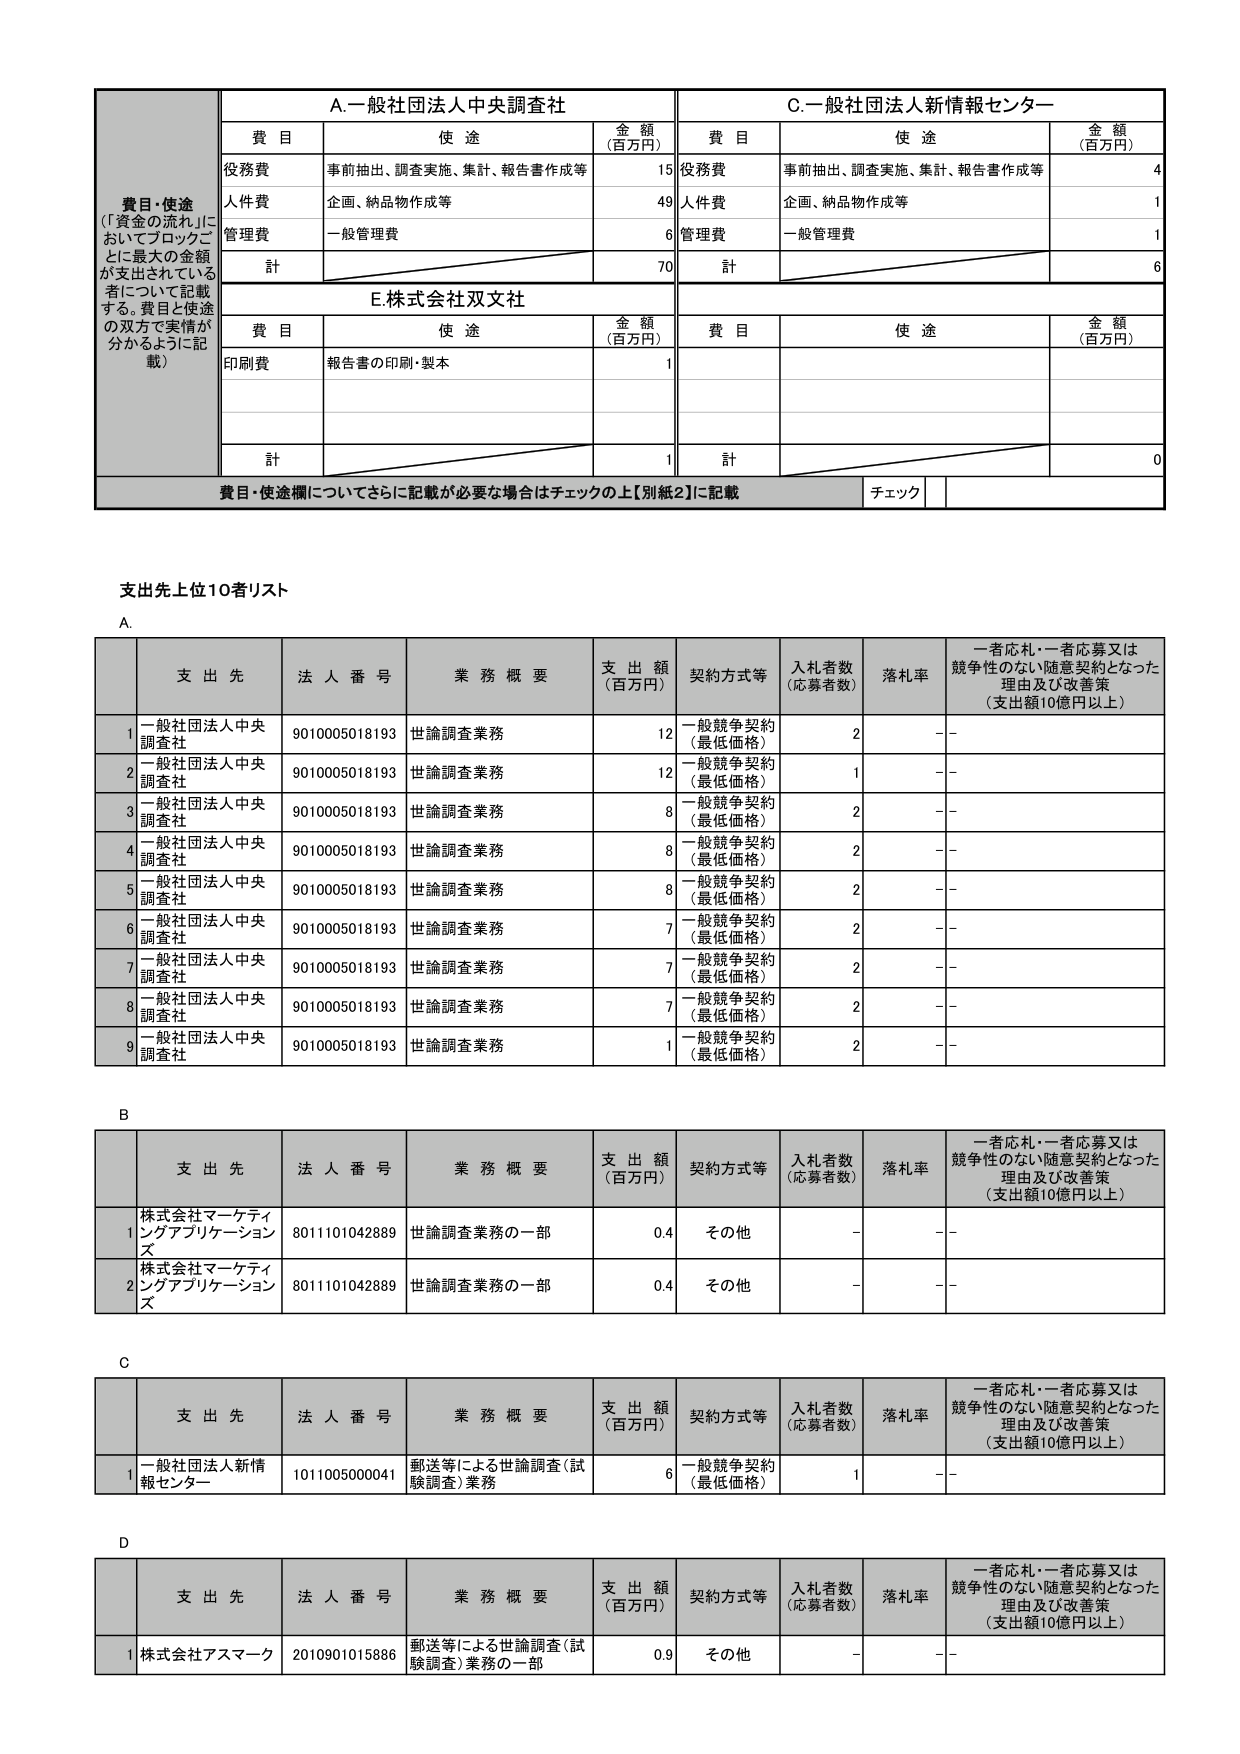
費目・使途
（「資金の流れ」においてブロックごとに最大の金額が支出されている者について記載する。費目と使途の双方で実情が分かるように記載）

A.一般社団法人中央調査社
費目　　使途　　　　　　　　　　　　　金額（百万円）
役務費　事前抽出、調査実施、集計、報告書作成等　15
人件費　企画、納品物作成等　　　　　　　　　　　49
管理費　一般管理費　　　　　　　　　　　　　　　6
計　　　　　　　　　　　　　　　　　　　　　　70

C.一般社団法人新情報センター
費目　　使途　　　　　　　　　　　　　金額（百万円）
役務費　事前抽出、調査実施、集計、報告書作成等　4
人件費　企画、納品物作成等　　　　　　　　　　　1
管理費　一般管理費　　　　　　　　　　　　　　　1
計　　　　　　　　　　　　　　　　　　　　　　6

E.株式会社双文社
費目　　使途　　　　　　　　　　　　　金額（百万円）
印刷費　報告書の印刷・製本　　　　　　　　　　　1
計　　　　　　　　　　　　　　　　　　　　　　1

費目・使途欄についてさらに記載が必要な場合はチェックの上【別紙2】に記載　チェック

支出先上位10者リスト

A.
　　支 出 先　　　　　法 人 番 号　　　業 務 概 要　　　支 出 額（百万円）　契約方式等　　　入札者数（応募者数）　落札率　　一者応札・一者応募又は競争性のない随意契約となった理由及び改善策（支出額10億円以上）
1　一般社団法人中央調査社　9010005018193　世論調査業務　12　一般競争契約（最低価格）　2　－－
2　一般社団法人中央調査社　9010005018193　世論調査業務　12　一般競争契約（最低価格）　1　－－
3　一般社団法人中央調査社　9010005018193　世論調査業務　8　一般競争契約（最低価格）　2　－－
4　一般社団法人中央調査社　9010005018193　世論調査業務　8　一般競争契約（最低価格）　2　－－
5　一般社団法人中央調査社　9010005018193　世論調査業務　8　一般競争契約（最低価格）　2　－－
6　一般社団法人中央調査社　9010005018193　世論調査業務　7　一般競争契約（最低価格）　2　－－
7　一般社団法人中央調査社　9010005018193　世論調査業務　7　一般競争契約（最低価格）　2　－－
8　一般社団法人中央調査社　9010005018193　世論調査業務　7　一般競争契約（最低価格）　2　－－
9　一般社団法人中央調査社　9010005018193　世論調査業務　1　一般競争契約（最低価格）　2　－－

B
　　支 出 先　　　　　法 人 番 号　　　業 務 概 要　　　支 出 額（百万円）　契約方式等　　　入札者数（応募者数）　落札率　　一者応札・一者応募又は競争性のない随意契約となった理由及び改善策（支出額10億円以上）
1　株式会社マーケティングアプリケーションズ　8011101042889　世論調査業務の一部　0.4　その他　－　－－
2　株式会社マーケティングアプリケーションズ　8011101042889　世論調査業務の一部　0.4　その他　－　－－

C
　　支 出 先　　　　　法 人 番 号　　　業 務 概 要　　　支 出 額（百万円）　契約方式等　　　入札者数（応募者数）　落札率　　一者応札・一者応募又は競争性のない随意契約となった理由及び改善策（支出額10億円以上）
1　一般社団法人新情報センター　1011005000041　郵送等による世論調査（試験調査）業務　6　一般競争契約（最低価格）　1　－－

D
　　支 出 先　　　　　法 人 番 号　　　業 務 概 要　　　支 出 額（百万円）　契約方式等　　　入札者数（応募者数）　落札率　　一者応札・一者応募又は競争性のない随意契約となった理由及び改善策（支出額10億円以上）
1　株式会社アズマーク　2010901015886　郵送等による世論調査（試験調査）業務の一部　0.9　その他　－　－－